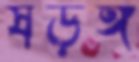
ষড়ঙ্গ